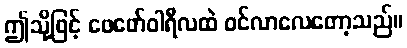
ဤသို့ဖြင့် ဖေဖော်ဝါရီလထဲ ဝင်လာလေတော့သည်။